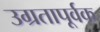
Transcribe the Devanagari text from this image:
उग्रतापूर्वक